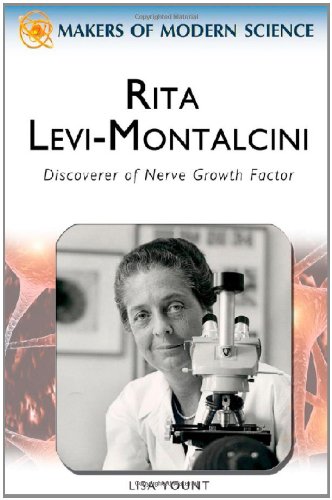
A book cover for Rita Levi-Montalcini: Discoverer of Nerve Growth Factor (Makers of Modern Science); Lisa Yount; Teen & Young Adult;